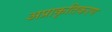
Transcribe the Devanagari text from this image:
अप्राकृतिकरण